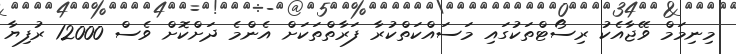
މިނިމަމް ވޭޖާއެކު ރިސޯޓްތަކުގައި މަސައްކަތްކުރާ ފަރާތްތަކަށް އެންމެ ދަށްކޮށް ވެސް 12000 ރުފިޔާ